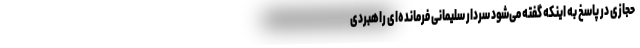
حجازی در پاسخ به اینکه گفته می‌شود سردار سلیمانی فرمانده‌ای راهبردی